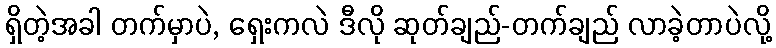
ရှိတဲ့အခါ တက်မှာပဲ, ရှေးကလဲ ဒီလို ဆုတ်ချည်-တက်ချည် လာခဲ့တာပဲလို့